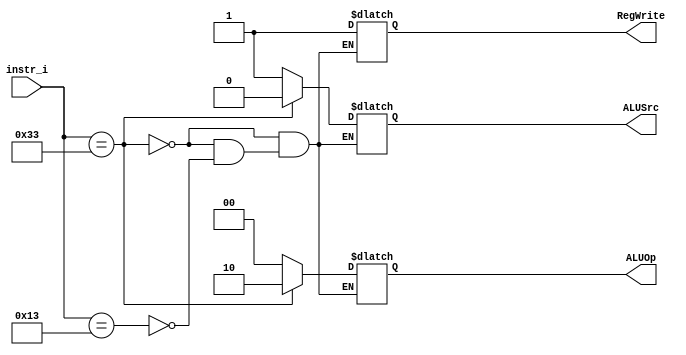
module Control
(
    instr_i,
    ALUOp,
    ALUSrc,
    RegWrite
);

input   [6:0]   instr_i;
output  [1:0]   ALUOp;
output          ALUSrc;
output          RegWrite;

reg             ALUOp;
reg             ALUSrc;
reg             RegWrite;

always@(*) begin
    // r-type
    if (instr_i == 7'b0110011) begin
        ALUOp = 2'b10;
        ALUSrc = 1'b0;
        RegWrite = 1'b1;
    end
    // i-type
    else if (instr_i == 7'b0010011) begin
        ALUOp = 2'b00;
        ALUSrc = 1'b1;
        RegWrite = 1'b1;        // only addi, srai
    end
end

endmodule